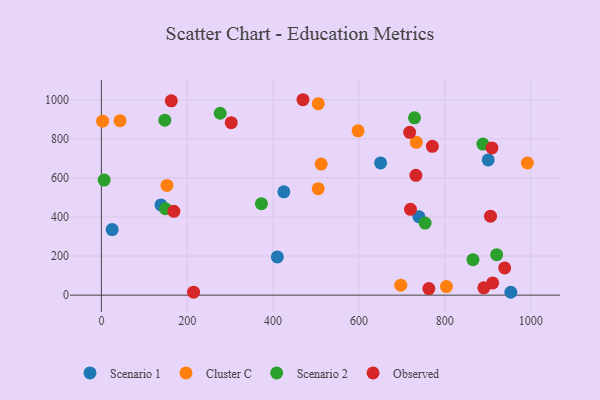
{"axis": {"x": "Speed", "y": "Salary"}, "legend": ["Cluster C", "Observed", "Scenario 1", "Scenario 2"], "data": [{"x": "138.8", "y": 461.5, "type": "Scenario 1"}, {"x": "25.1", "y": 335.3, "type": "Scenario 1"}, {"x": "425.1", "y": 528.6, "type": "Scenario 1"}, {"x": "409.9", "y": 195.7, "type": "Scenario 1"}, {"x": "650.5", "y": 676.3, "type": "Scenario 1"}, {"x": "739.8", "y": 400.9, "type": "Scenario 1"}, {"x": "901.1", "y": 691.5, "type": "Scenario 1"}, {"x": "953.9", "y": 14.7, "type": "Scenario 1"}, {"x": "505.1", "y": 544.5, "type": "Cluster C"}, {"x": "733.7", "y": 781.7, "type": "Cluster C"}, {"x": "505.3", "y": 979.2, "type": "Cluster C"}, {"x": "43.5", "y": 892.5, "type": "Cluster C"}, {"x": "512.0", "y": 670.2, "type": "Cluster C"}, {"x": "152.8", "y": 561.0, "type": "Cluster C"}, {"x": "992.4", "y": 675.8, "type": "Cluster C"}, {"x": "598.0", "y": 840.5, "type": "Cluster C"}, {"x": "697.5", "y": 51.2, "type": "Cluster C"}, {"x": "2.9", "y": 890.0, "type": "Cluster C"}, {"x": "803.9", "y": 44.0, "type": "Cluster C"}, {"x": "6.4", "y": 588.4, "type": "Scenario 2"}, {"x": "729.5", "y": 906.7, "type": "Scenario 2"}, {"x": "920.9", "y": 207.2, "type": "Scenario 2"}, {"x": "147.8", "y": 894.7, "type": "Scenario 2"}, {"x": "888.7", "y": 772.6, "type": "Scenario 2"}, {"x": "276.8", "y": 930.4, "type": "Scenario 2"}, {"x": "754.2", "y": 368.4, "type": "Scenario 2"}, {"x": "372.8", "y": 468.0, "type": "Scenario 2"}, {"x": "865.7", "y": 181.3, "type": "Scenario 2"}, {"x": "149.3", "y": 441.8, "type": "Scenario 2"}, {"x": "718.2", "y": 832.9, "type": "Observed"}, {"x": "732.7", "y": 613.0, "type": "Observed"}, {"x": "214.8", "y": 15.0, "type": "Observed"}, {"x": "771.0", "y": 761.2, "type": "Observed"}, {"x": "162.9", "y": 993.9, "type": "Observed"}, {"x": "469.6", "y": 999.5, "type": "Observed"}, {"x": "906.5", "y": 403.8, "type": "Observed"}, {"x": "939.5", "y": 139.2, "type": "Observed"}, {"x": "911.5", "y": 62.5, "type": "Observed"}, {"x": "302.5", "y": 882.3, "type": "Observed"}, {"x": "720.1", "y": 439.0, "type": "Observed"}, {"x": "909.9", "y": 752.9, "type": "Observed"}, {"x": "168.9", "y": 428.6, "type": "Observed"}, {"x": "890.9", "y": 37.5, "type": "Observed"}, {"x": "762.8", "y": 33.5, "type": "Observed"}]}